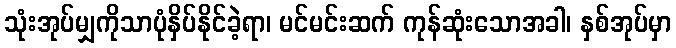
သုံးအုပ်မျှကိုသာပုံနှိပ်နိုင်ခဲ့ရာ၊ မင်မင်းဆက် ကုန်ဆုံးသောအခါ၊ နှစ်အုပ်မှာ